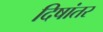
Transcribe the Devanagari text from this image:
दिषांतर